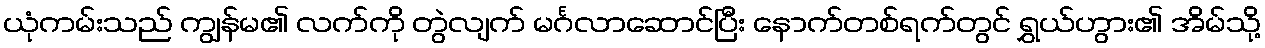
ယုံကမ်းသည် ကျွန်မ၏ လက်ကို တွဲလျက် မင်္ဂလာဆောင်ပြီး နောက်တစ်ရက်တွင် ရွှယ်ဟွား၏ အိမ်သို့